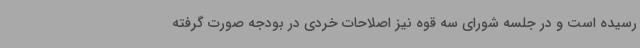
رسیده است و در جلسه شورای سه قوه نیز اصلاحات خردی در بودجه صورت گرفته